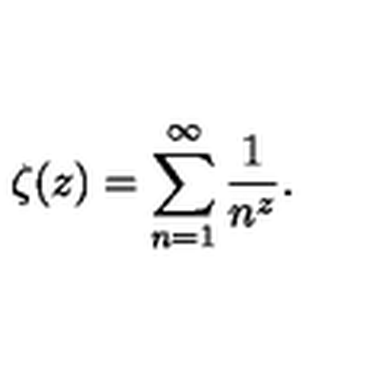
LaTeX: \zeta ( z ) = \sum _ { n = 1 } ^ { \infty } \frac { 1 } { n ^ { z } } .